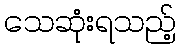
သေဆုံးရသည့်